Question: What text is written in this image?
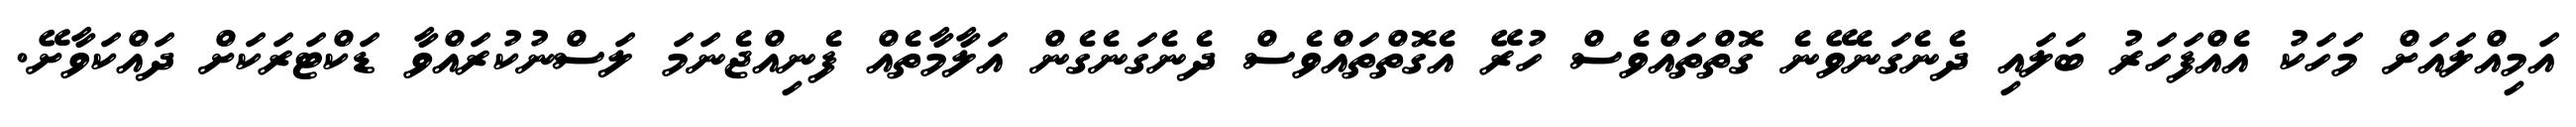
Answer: އަމިއްލައަށް މަހަކު އެއްފަހަރު ބަލައި ދެނެގަނެވޭނެ ގޮތްތައްވެސް ހުރޭ އެގޮތްތައްވެސް ދެނެގަނެގެން އަލާމާތެއް ފެނިއްޖެނަމަ ލަސްނުކުރައްވާ ޑަކްޓަރަކަށް ދައްކަވާށޭ.